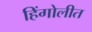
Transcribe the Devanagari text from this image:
हिंगोलीत